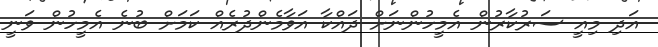
އަދި މިއީ ސަރުކާރުން އެމީހުންނަށް ދައްކާ އަވާމެންދުރެއް ކަމަށް ބުނެ އެމީހުން ވަނީ